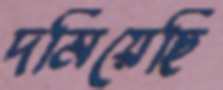
দমিয়েছি